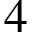
4